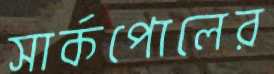
সার্কপোলের